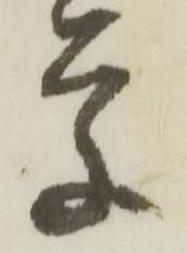
学